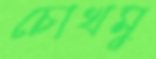
চোখমু